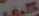
كيف